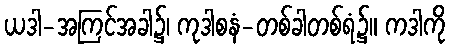
ယဒါ-အကြင်အခါ၌၊ ကုဒါစနံ-တစ်ခါတစ်ရံ၌။ ကဒါကို